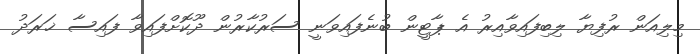
މިލިއަން ރުފިޔާ ލިބިފައިވާއިރު އެ ޕާޓީން ބުނެފައިވަނީ ސަރުކާރުން ދޫކޮށްފައިވާ ފައިސާ ޚަރަދު